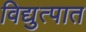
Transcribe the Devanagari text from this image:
विद्युत्पात